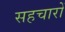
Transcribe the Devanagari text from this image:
सहचारों